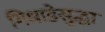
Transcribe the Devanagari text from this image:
गिधाडेसुद्धा